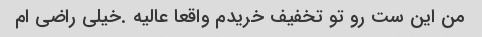
من این ست رو تو تخفیف خریدم واقعا عالیه .خیلی راضی ام